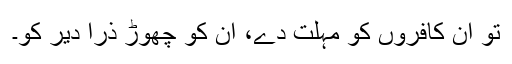
تو ان کافروں کو مہلت دے، ان کو چھوڑ ذرا دیر کو۔